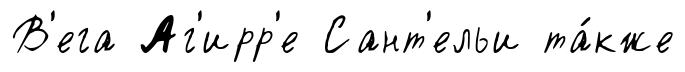
В'ега Аг'ирр'е Сант'ельи та́кже